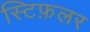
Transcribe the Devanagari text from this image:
स्टिफ़लर